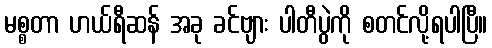
မစ္စတာ ဟယ်ရီဆန် အခု ခင်ဗျား ပါတီပွဲကို စတင်လို့ရပါပြီ။